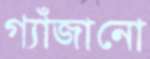
গ্যাঁজানো